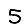
Digit: 5